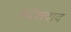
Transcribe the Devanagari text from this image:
प्रदेशवाद